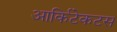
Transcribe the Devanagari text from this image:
आर्किटेकटस